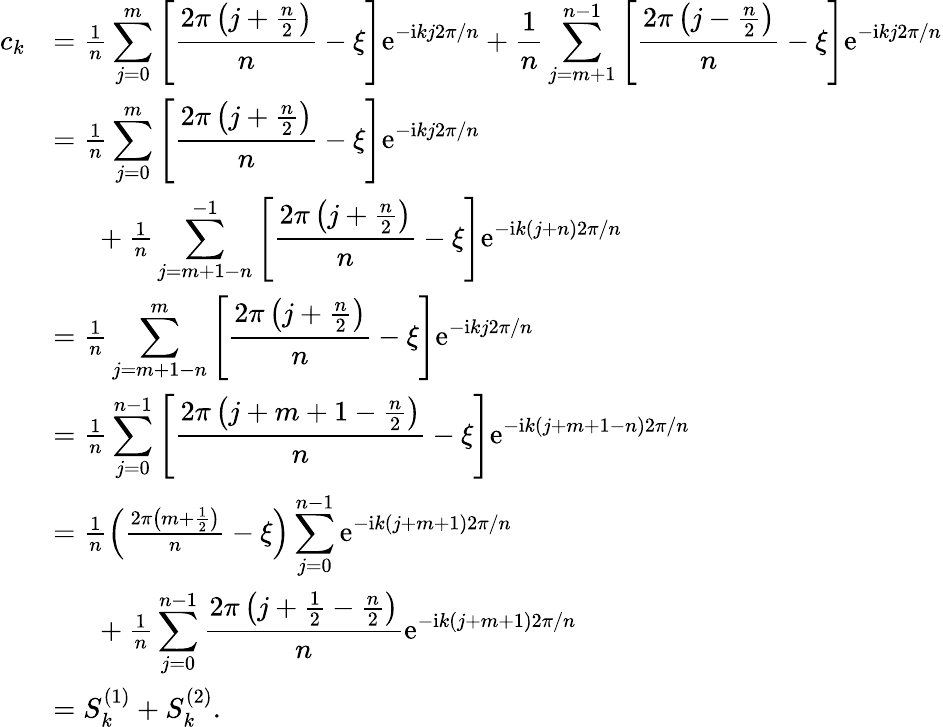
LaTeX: \begin{array}{rl}{c_{k}}&{=\frac{1}{n}\displaystyle\sum_{j=0}^{m}\left[\frac{2\pi\left(j+\frac{n}{2}\right)}{n}-\xi\right]\mathrm{e}^{-\mathrm{i}kj2\pi/n}+\frac{1}{n}\displaystyle\sum_{j=m+1}^{n-1}\left[\frac{2\pi\left(j-\frac{n}{2}\right)}{n}-\xi\right]\mathrm{e}^{-\mathrm{i}kj2\pi/n}}\\ &{=\frac{1}{n}\displaystyle\sum_{j=0}^{m}\left[\frac{2\pi\left(j+\frac{n}{2}\right)}{n}-\xi\right]\mathrm{e}^{-\mathrm{i}kj2\pi/n}}\\ &{\phantom{2pc}+\frac{1}{n}\displaystyle\sum_{j=m+1-n}^{-1}\left[\frac{2\pi\left(j+\frac{n}{2}\right)}{n}-\xi\right]\mathrm{e}^{-\mathrm{i}k(j+n)2\pi/n}}\\ &{=\frac{1}{n}\displaystyle\sum_{j=m+1-n}^{m}\left[\frac{2\pi\left(j+\frac{n}{2}\right)}{n}-\xi\right]\mathrm{e}^{-\mathrm{i}kj2\pi/n}}\\ &{=\frac{1}{n}\displaystyle\sum_{j=0}^{n-1}\left[\frac{2\pi\left(j+m+1-\frac{n}{2}\right)}{n}-\xi\right]\mathrm{e}^{-\mathrm{i}k(j+m+1-n)2\pi/n}}\\ &{=\frac{1}{n}\left(\frac{2\pi\left(m+\frac{1}{2}\right)}{n}-\xi\right)\displaystyle\sum_{j=0}^{n-1}\mathrm{e}^{-\mathrm{i}k(j+m+1)2\pi/n}}\\ &{\phantom{2pc}+\frac{1}{n}\displaystyle\sum_{j=0}^{n-1}\frac{2\pi\left(j+\frac{1}{2}-\frac{n}{2}\right)}{n}\mathrm{e}^{-\mathrm{i}k(j+m+1)2\pi/n}}\\ &{=S_{k}^{(1)}+S_{k}^{(2)}.}\end{array}